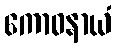
ကောဓနာယံ